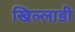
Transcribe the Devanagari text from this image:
खिल्लाडी